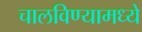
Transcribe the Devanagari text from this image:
चालविण्यामध्ये